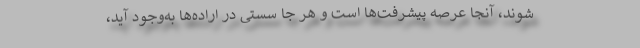
شوند، آنجا عرصه پیشرفت‌ها است و هر جا سستی در اراده‌ها به‌وجود آید،